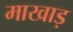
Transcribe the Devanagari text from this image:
माखाड़